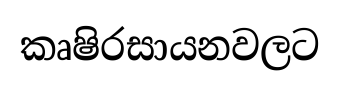
කෘෂිරසායනවලට